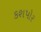
કશપોર